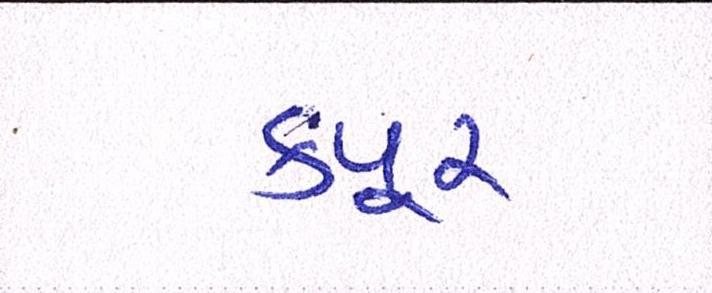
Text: કપૂર